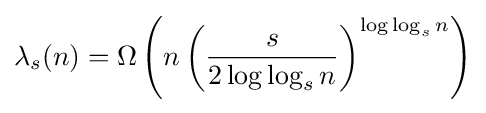
\lambda _{s}(n)=\Omega \left(n\left({\frac {s}{2\log \log _{s}n}}\right)^{\log \log _{s}n}\right)